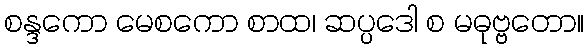
စန္ဒကော မေစကော စာထ၊ ဆပ္ပဒေါ စ မဓုဗ္ဗတော။